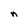
Character: n